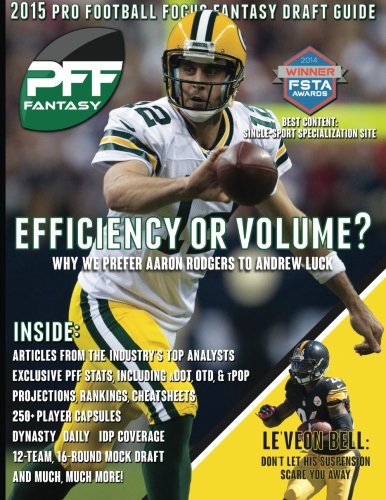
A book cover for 2015 Pro Football Focus Fantasy Draft Guide; Mike Clay; Humor & Entertainment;